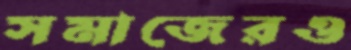
সমাজেরও